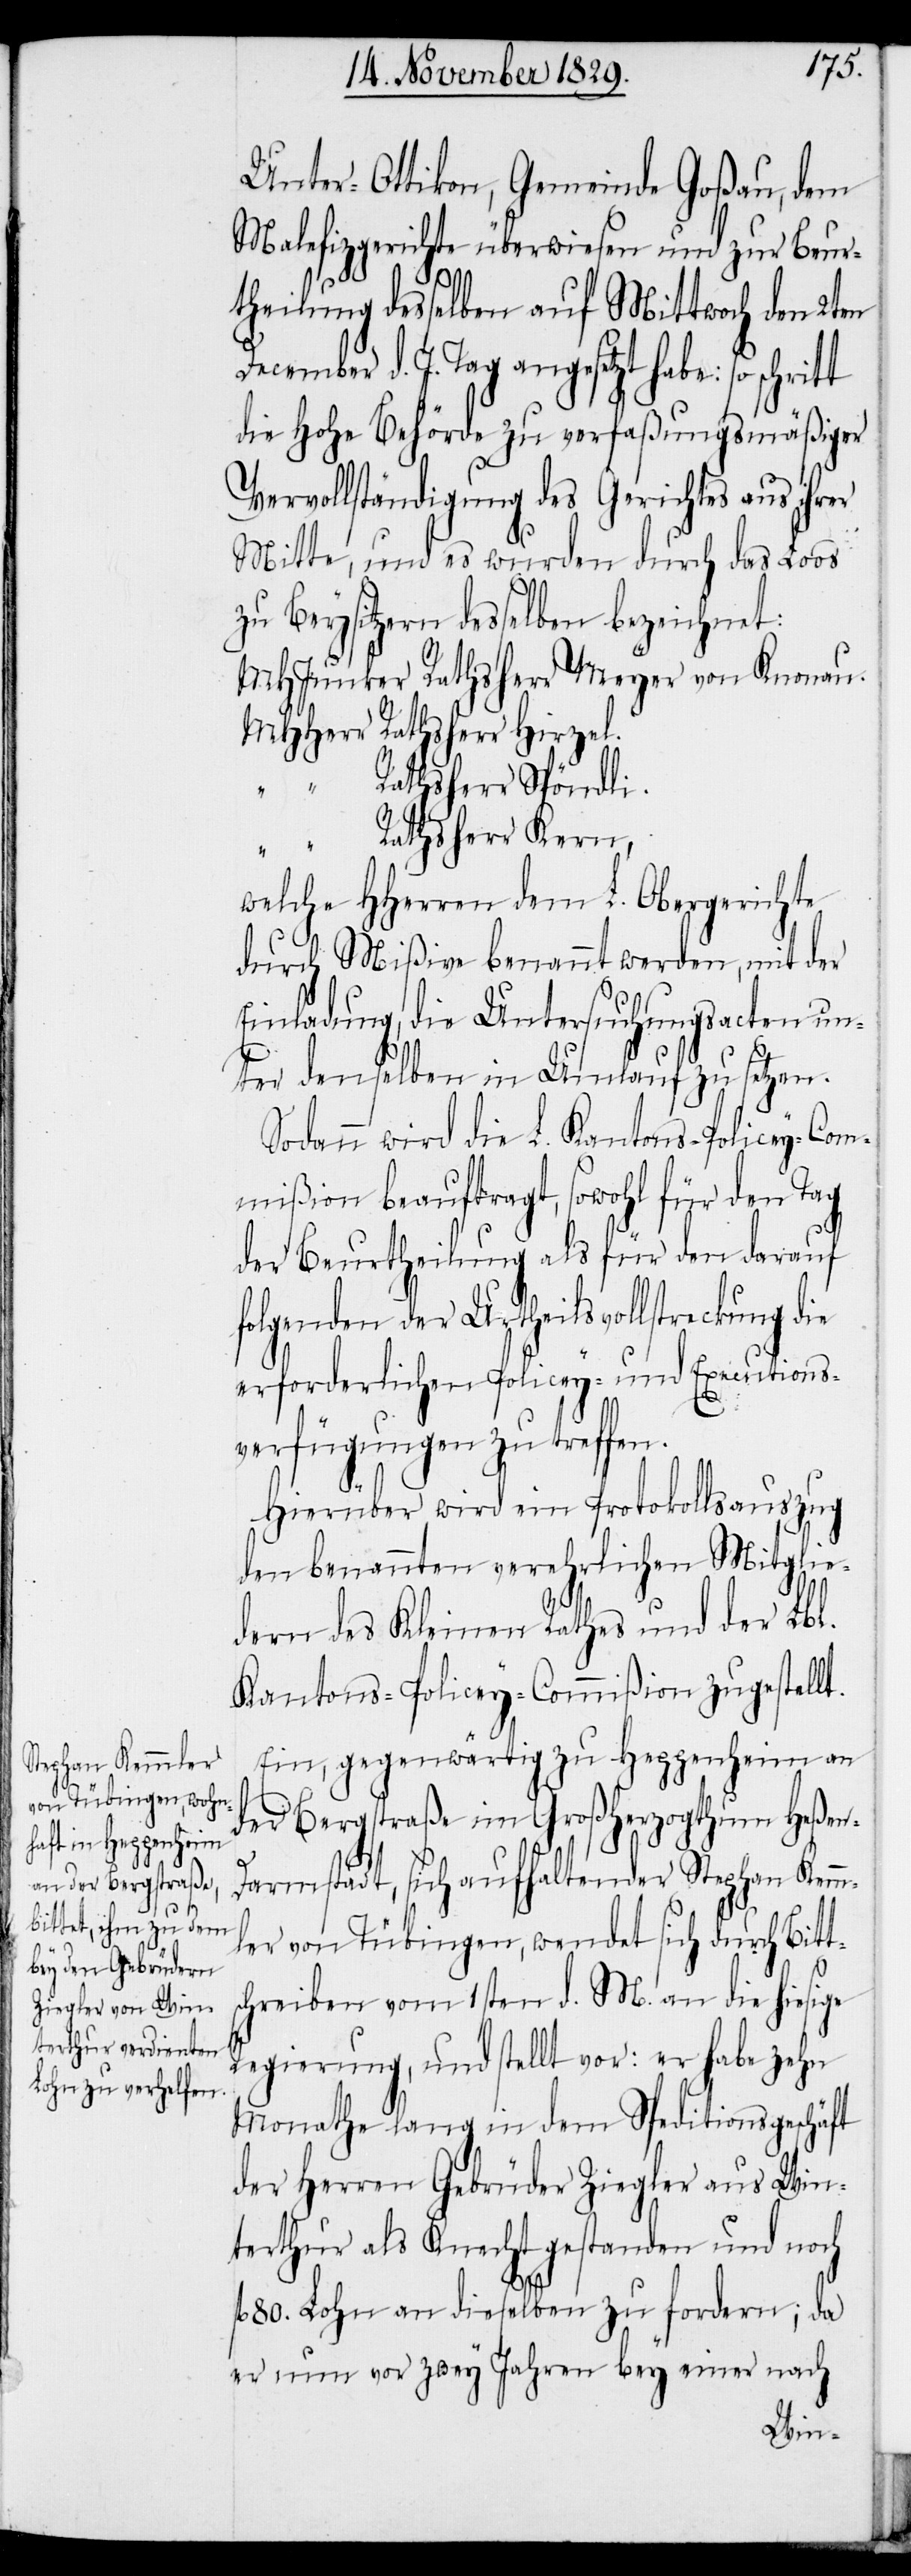
Unter-Ottikon, Gemeinde Goßau, dem
Malefizgerichte überwiesen und zur Beur¬
Dec¬
theilung desselben auf Mittwoch den 2ten
ember d. J. Tag angesetzt habe:
die Hohe Behörde zu verfaßungsmäßiger
Vervollständigung des Gerichtes aus ihrer
Mitte, und es wurden durch das Loos
zu Beysitzern desselben bezeichnet:
MHJunker Rathsherr Meyer von Knonau.
MHHerrn Rathsherr Hirzel.
“ Rathsherr Spöndli.
“ Rathsherr Kern,
welche HHerren dem L. Obergerichte
durch Mißive benannt werden, mit der
Einladung, die Untersuchungsacten un¬
ter denselben in Umlauf zu setzen.
Sodann wird die L. Kantons-Policey-Com¬
mißion beauftragt, sowohl für den Tag
der Beurtheilung als für den darauf
folgenden der Urtheilsvollstreckung die
erforderlichen Policey- und Executions¬
verfügungen zu treffen.
Hierüber wird ein Protokollsauszug
den benannten verehrlichen Mitglie¬
dern des Kleinen Rathes und der Lbl.
Kantons-Policey-Commißion zugestellt.
Ein, gegenwärtig zu Heppenheim an
der Bergstraße im Großherzogthum Heßen-D¬
armstadt, sich aufhaltender Stephan Kemm¬
ler von Tübingen, wendet sich durch Bitt¬
schreiben vom 1sten d. M. an die hiesige
Regierung, und stellt vor: er habe zehn
Monathe lang in dem Speditionsgeschäft
der Herren Gebrüder Ziegler aus Win¬
terthur als Knecht gestanden und noch
fl. 80. Lohn an dieselben zu fordern; da
er nun vor zwey Jahren bey einer nach